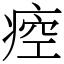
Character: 㾤